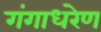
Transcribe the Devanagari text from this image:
गंगाधरेण